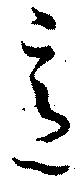
意